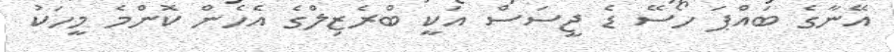
އޭނާގެ ބައްޕަ ހޯސޭ ޑެ ޖީސަސް އަކީ ބްރެޒިލްގެ އެހެން ކޮންމެ މީހަކު